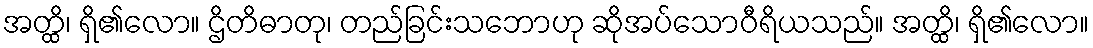
အတ္ထိ၊ ရှိ၏လော။ ဌိတိဓာတု၊ တည်ခြင်းသဘောဟု ဆိုအပ်သောဝီရိယသည်။ အတ္ထိ၊ ရှိ၏လော။